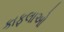
કાફલાઓ